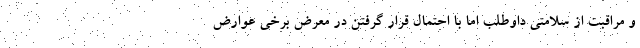
و مراقبت از سلامتی داوطلب اما با احتمال قرار گرفتن در معرض برخی عوارض